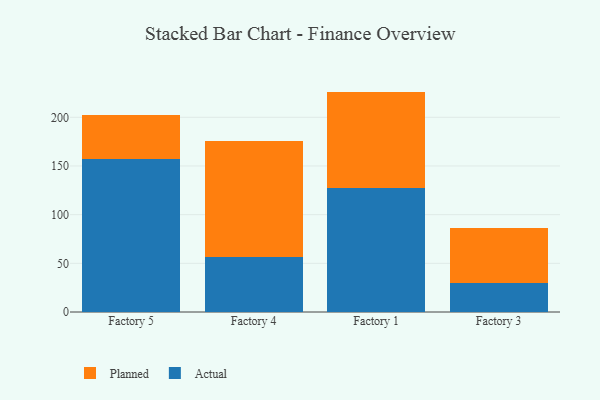
{"axis": {"x": "Factory", "y": "Operating Costs (USD K)"}, "legend": ["Actual", "Planned"], "data": [{"x": "Factory 5", "y": 157.1, "type": "Actual"}, {"x": "Factory 5", "y": 45.4, "type": "Planned"}, {"x": "Factory 4", "y": 56.2, "type": "Actual"}, {"x": "Factory 4", "y": 119.5, "type": "Planned"}, {"x": "Factory 1", "y": 127.3, "type": "Actual"}, {"x": "Factory 1", "y": 99.1, "type": "Planned"}, {"x": "Factory 3", "y": 29.7, "type": "Actual"}, {"x": "Factory 3", "y": 56.6, "type": "Planned"}]}